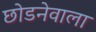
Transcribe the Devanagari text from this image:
छोडनेवाला